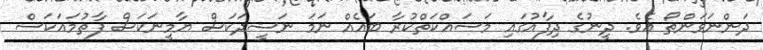
ދަންނަވަންތޯ އެވެ. ދީނުގެ ދިފާއުގައި މަސައްކަތްކުރާ ބައެއް ނަމަ ނަޝީދަކަސް ޔާމީނަކަސް ފާތުމައަކަސް